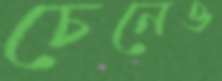
চেনেও